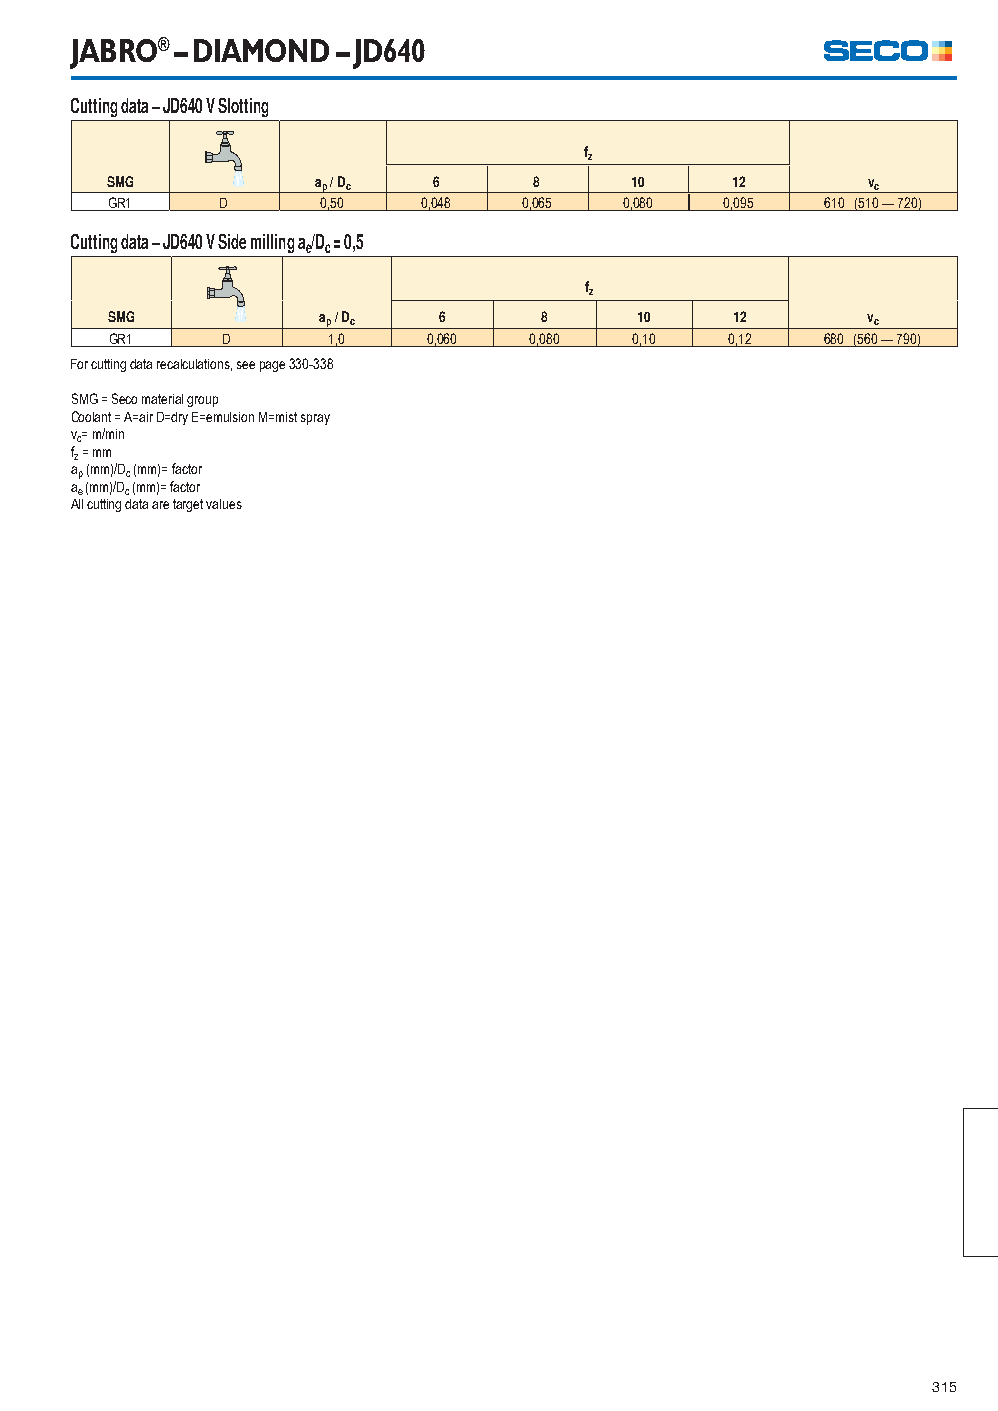
JABRO® – DIAMOND – JD640
 Cutting data – JD640 V Slotting
 fz
 SMG           ap / Dc 6     8      10     12      vc
 GR1     D     0,50   0,048  0,065 0,080  0,095  610 (510 — 720)
 Cutting data – JD640 V Side milling a/D = 0,5
 e c
 fz
 SMG           ap / Dc 6      8     10     12      vc
 GR1     D      1,0   0,060  0,080  0,10  0,12   680 (560 — 790)
 For cutting data recalculations, see page 330-338
 SMG = Seco material group
 Coolant = A=air D=dry E=emulsion M=mist spray
 vc= m/min
 fz = mm
 ap (mm)/Dc (mm)= factor
 ae (mm)/Dc (mm)= factor
 All cutting data are target values
 315